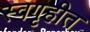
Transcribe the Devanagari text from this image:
स्वगृहीत